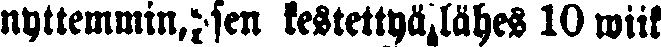
nyttemmin sen kestettyä lähes 10 wiik